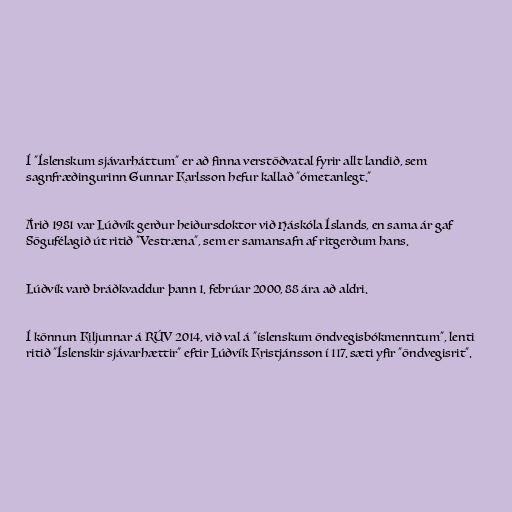
Í "Íslenskum sjávarháttum" er að finna verstöðvatal fyrir allt landið, sem
sagnfræðingurinn Gunnar Karlsson hefur kallað "ómetanlegt."

Árið 1981 var Lúðvík gerður heiðursdoktor við Háskóla Íslands, en sama ár gaf
Sögufélagið út ritið "Vestræna", sem er samansafn af ritgerðum hans.

Lúðvík varð bráðkvaddur þann 1. febrúar 2000, 88 ára að aldri.

Í könnun Kiljunnar á RÚV 2014, við val á "íslenskum öndvegisbókmenntum", lenti
ritið "Íslenskir sjávarhættir" eftir Lúðvík Kristjánsson í 117. sæti yfir "öndvegisrit".